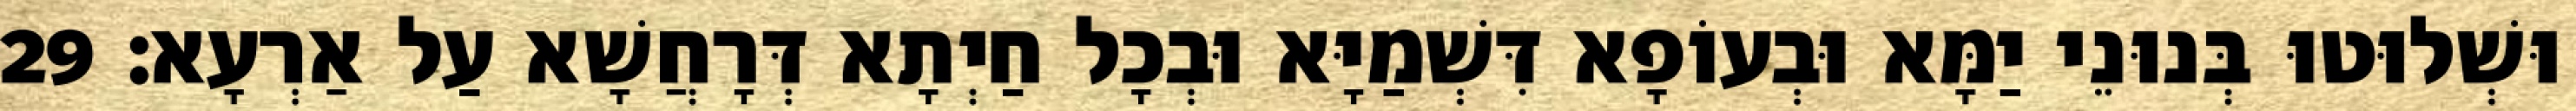
וּשְׁלוּטוּ בְּנוּנֵי יַמָּא וּבְעוֹפָא דִּשְׁמַיָּא וּבְכָל חַיְתָא דְּרָחֲשָׁא עַל אַרְעָא׃ 29